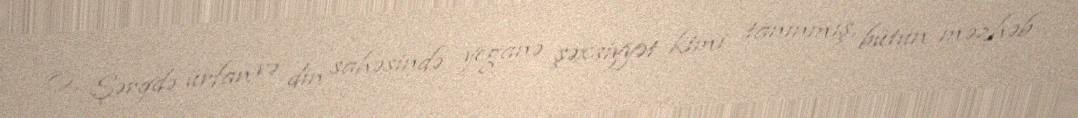
O, Şərqdə ürfan və din sahəsində yeganə şəxsiyyət kimi tanınmış, bütün məzhəb